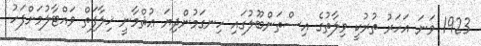
1923 ވަނަ އަހަރު ތުރުކީ ވިލާތުގެ އިސްތަންބޫލުގައި ހިނގަމުންދިޔަ ޢުޘްމާނީ ޚިލާފަތް ވައްޓާލުމަށްފަހު